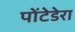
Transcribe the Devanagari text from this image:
पोंटेडेरा